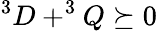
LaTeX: ^{3}D+^{3}Q\succeq 0